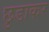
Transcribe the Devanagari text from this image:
छुडाकर